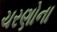
ચરણોના